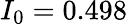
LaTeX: I_{0}=0.498